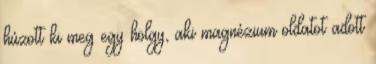
húzott ki meg egy hölgy, aki magnézium oldatot adott